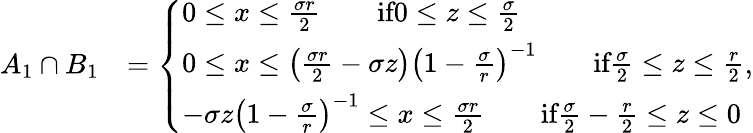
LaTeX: \begin{array}{rl}{A_{1}\cap B_{1}}&{=\left\{ \begin{array}{ll}{0\leq x\leq\frac{\sigma r}{2}\qquad\textrm{if}0\leq z\leq\frac{\sigma}{2}}\\ {0\leq x\leq\left(\frac{\sigma r}{2}-\sigma z\right)\left(1-\frac{\sigma}{r}\right)^{-1}\qquad\textrm{if}\frac{\sigma}{2}\leq z\leq\frac{r}{2}}\\ {-\sigma z\left(1-\frac{\sigma}{r}\right)^{-1}\leq x\leq\frac{\sigma r}{2}\qquad\textrm{if}\frac{\sigma}{2}-\frac{r}{2}\leq z\leq 0}\end{array}\right.,}\end{array}